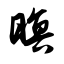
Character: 暝